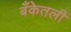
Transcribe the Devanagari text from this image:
बँकेतली